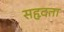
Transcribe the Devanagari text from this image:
सहृदता